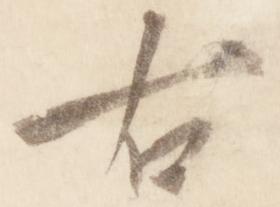
右